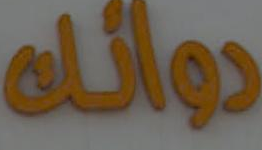
دوائن